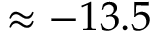
\approx - 1 3 . 5